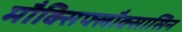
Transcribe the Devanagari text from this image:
मौक्सिफ्लौक्सासिन